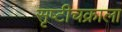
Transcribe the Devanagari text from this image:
सृष्टीचक्राला